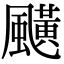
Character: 䬝